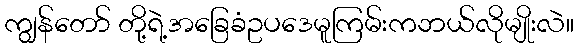
ကျွန်တော် တို့ရဲ့အခြေခံဥပဒေမူကြမ်းကဘယ်လိုမျိုးလဲ။